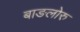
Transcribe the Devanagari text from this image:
बाङलोरु